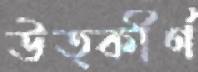
উত্কীর্ণ